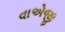
વાએજી